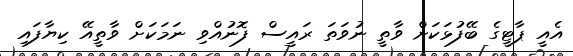
އެއީ ޕާޓީގެ ބޭފުޅަކަށް ވާތީ ނުވަތަ ރައީސް ފޮނުއްވި ނަމަކަށް ވާތީއޭ ކިޔާފައި